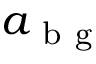
a _ { \mathrm { ~ b ~ g ~ } }